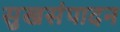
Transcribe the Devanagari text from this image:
सुखसंपादन